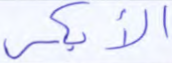
الأبكر